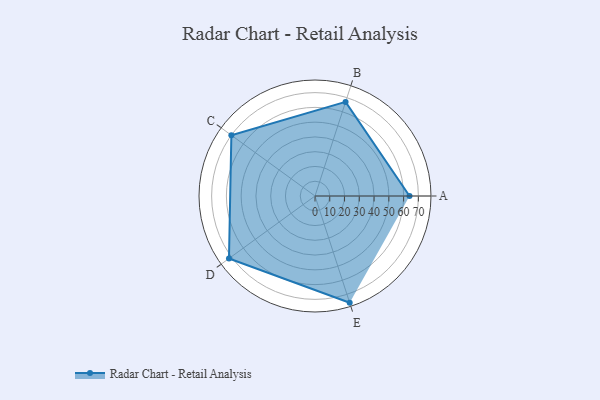
{"axis": {"x": "Skill", "y": "Score"}, "legend": ["Profile"], "data": [{"x": "A", "y": 64.0, "type": "Profile"}, {"x": "B", "y": 67.0, "type": "Profile"}, {"x": "C", "y": 70.0, "type": "Profile"}, {"x": "D", "y": 72.0, "type": "Profile"}, {"x": "E", "y": 76.0, "type": "Profile"}]}